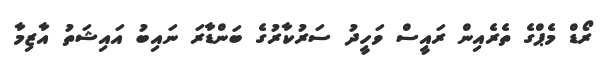
ރޯޑް މެޕްގެ ތެރެއިން ރައީސް ވަހީދު ސަރުކާރުގެ ބަންޑާރަ ނައިބު އައިޝަތު އާޒިމާ